DOW-UAP-D48, Department of the Air Force Report, 1996
Agency: Department of War
Incident date: 9/10/96
Page 35
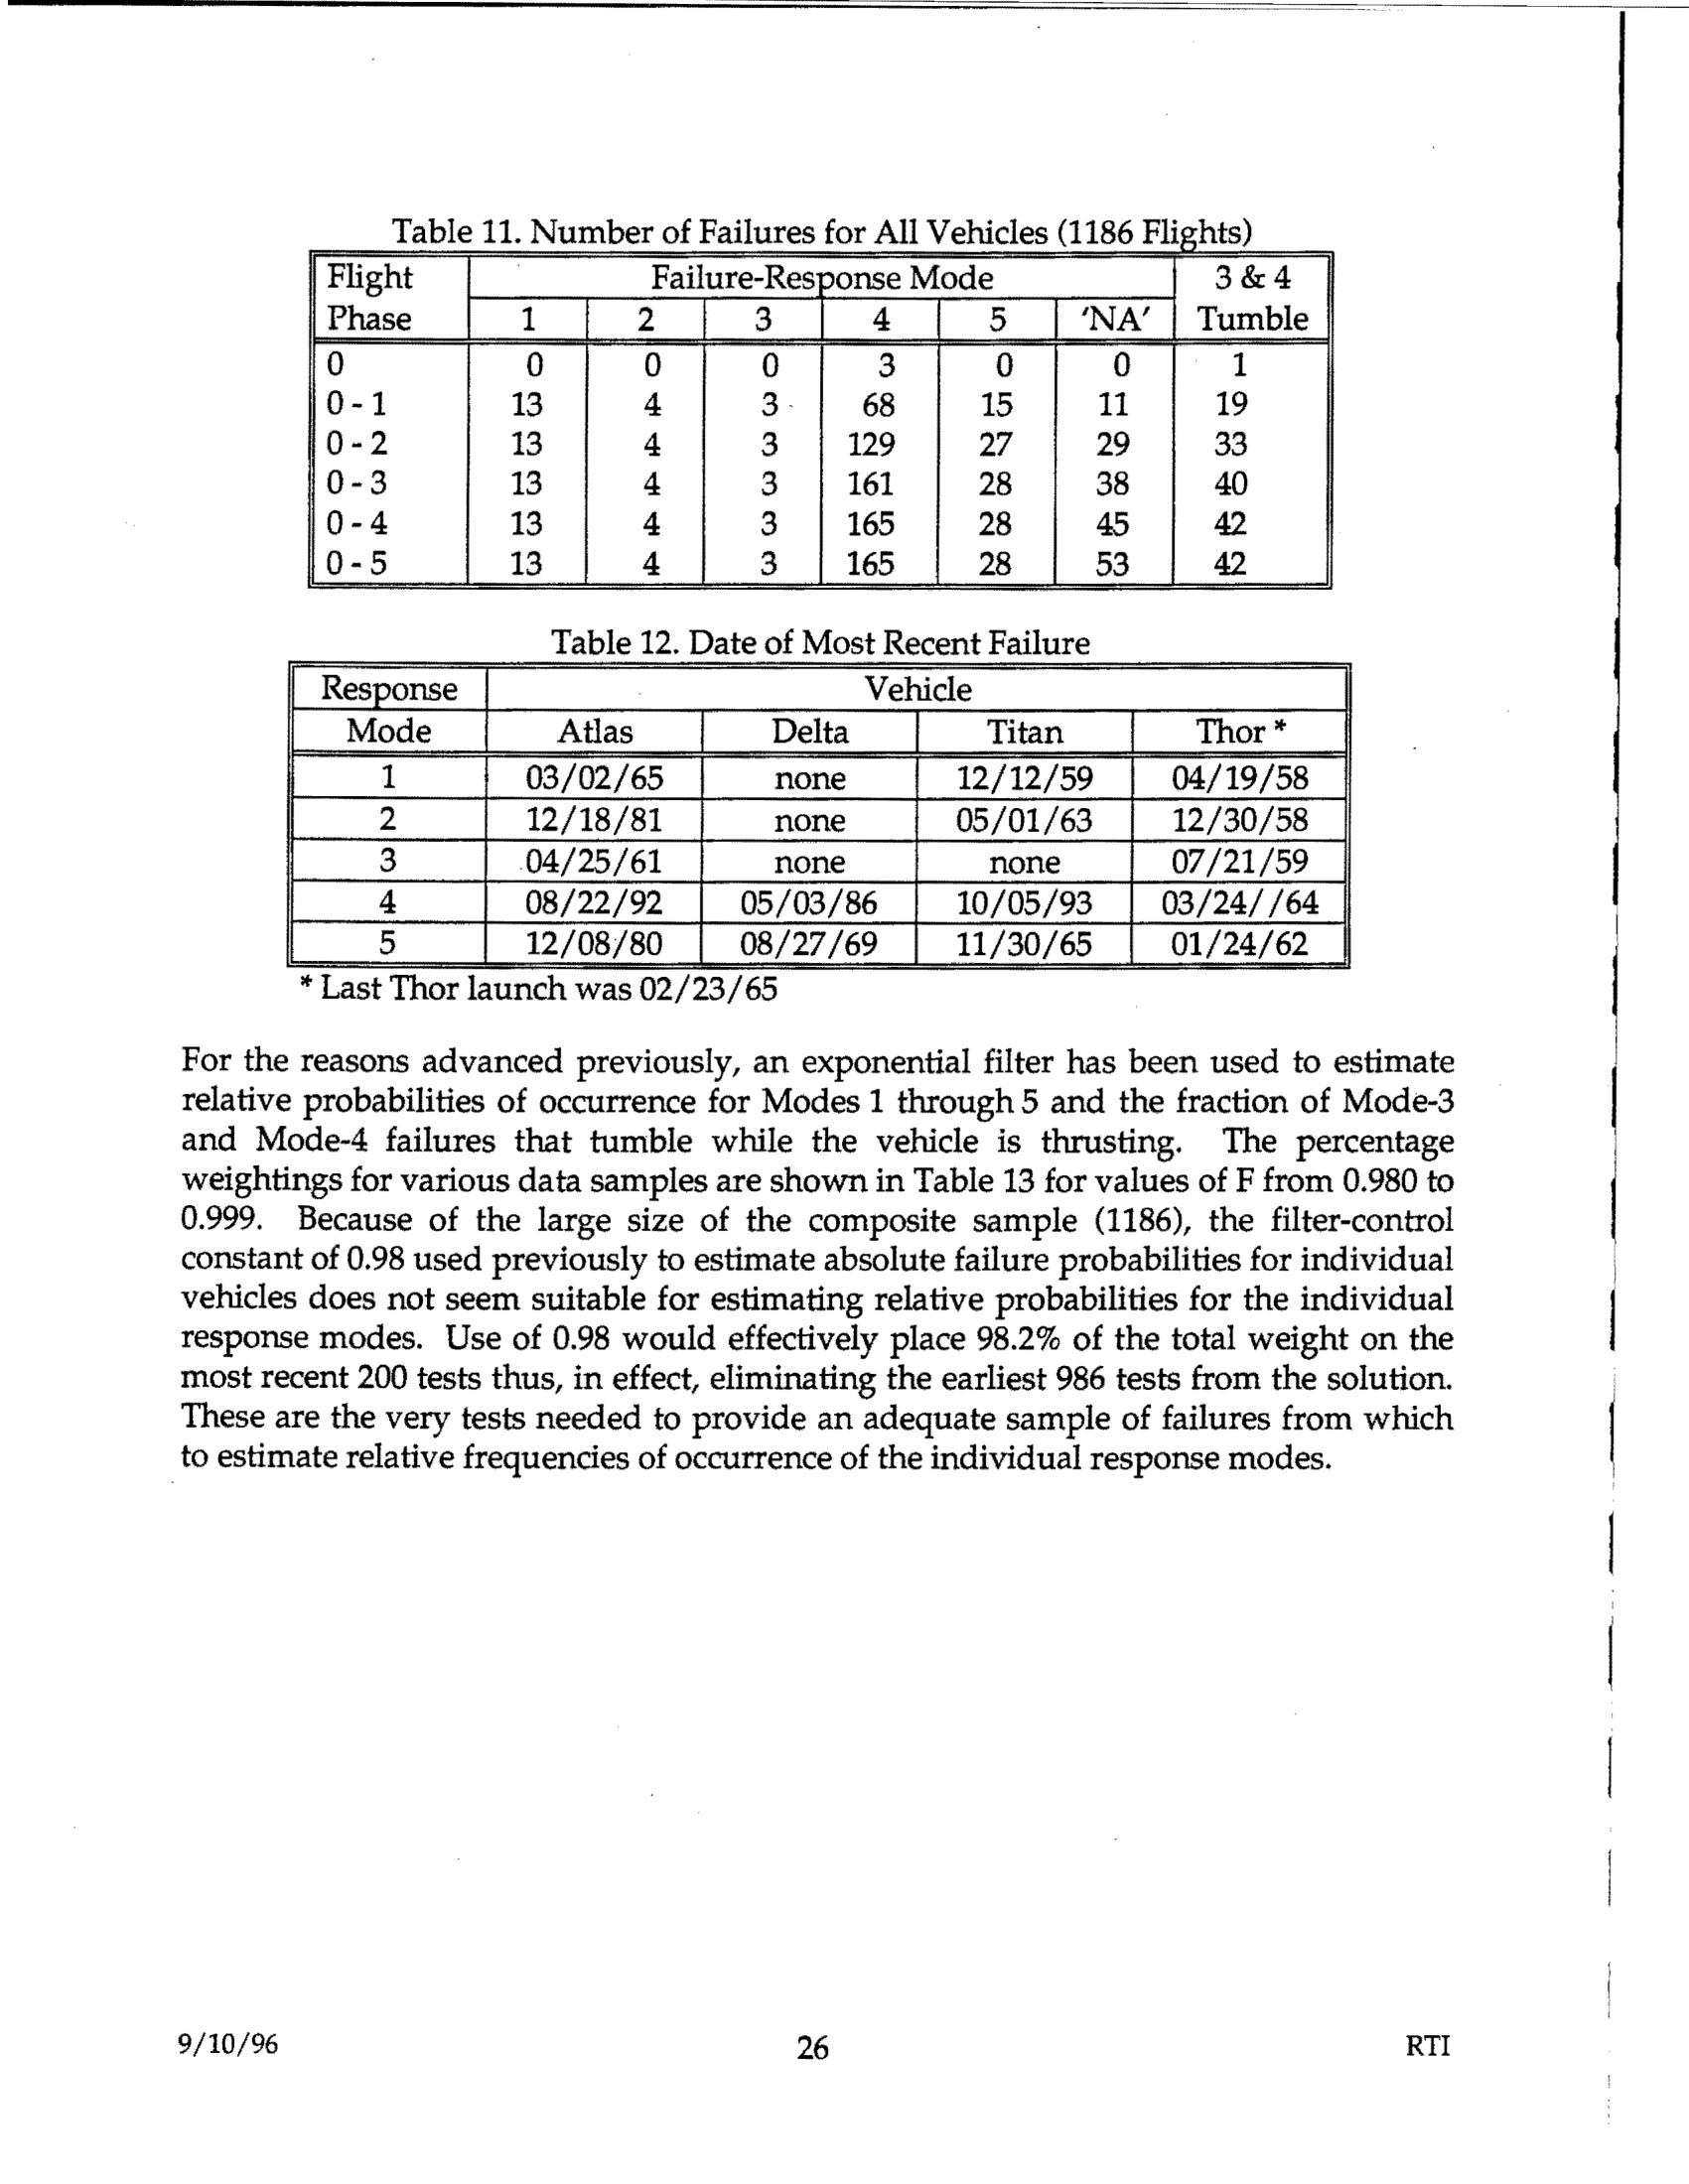